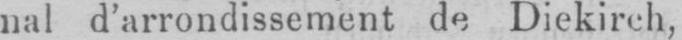
nal d’arrondissement de Diekirch,